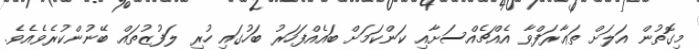
މިގޮތުން އަލަށް ތަޢާރަފްވާ އެއްޗެއްސަށާއި ކަންކަމަށް ބައެއްފަހަރު ބަހުގައި ހުރި ލަފުޒުތައް ބޭނުންކުރެވެއެވެ.